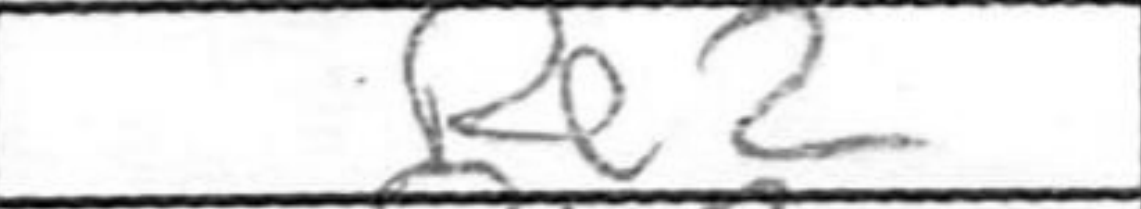
Transcription: Re2